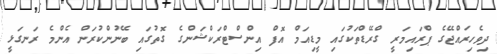
ދިވެހިރައްޖޭގެ ޕްރައިމަރީ ގްރޭޑްތަކުގައި މީޑިއަމް އޮފް އިންސްޓްރަކްޝަންގެ ގޮތުގައި ބޭނުންކުރަން އެންމެ ރަނގަޅީ